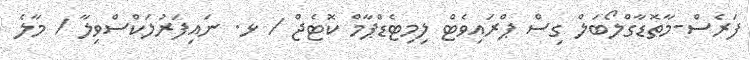
ފަރެސް-މާތޮޑާގްލޯބަލް ގިސް ޕްރައިވެޓް ލިމިޓެޑްޕާމް ކޮޓެޖް / ޅ. ނައިފަރުލަކްސްވިލާ / މާލެ